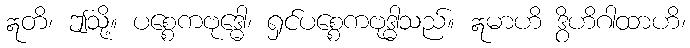
ဣတိ၊ ဤသို့။ ပစ္စေကဗုဒ္ဓေါ၊ ရှင်ပစ္စေကဗုဒ္ဓါသည်။ ဣမာဟိ ဒွိဟိဂါထာဟိ၊